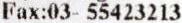
FAX:03- 55423213